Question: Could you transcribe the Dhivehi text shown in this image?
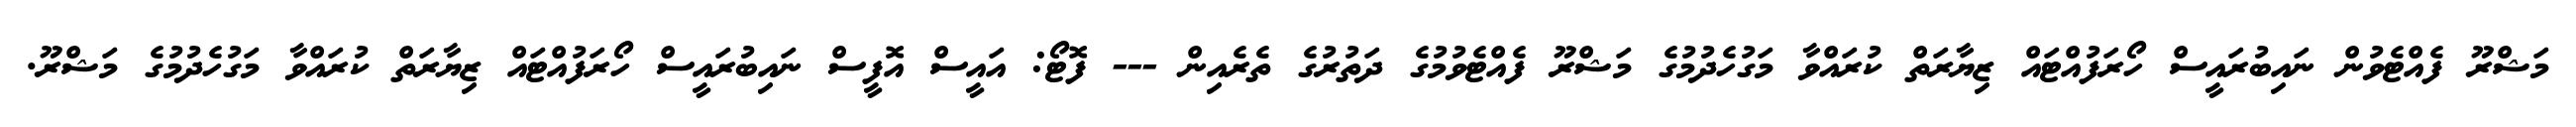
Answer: މަޝްރޫ ފެއްޓެވުން ނައިބުރައީސް ހޯރަފުއްޓައް ޒިޔާރަތް ކުރައްވާ މަގުހެދުމުގެ މަޝްރޫ ފެއްޓެވުމުގެ ދަތުރުގެ ތެރެއިން --- ފޮޓޯ: އައީސް އޮފީސް ނައިބުރައީސް ހޯރަފުއްޓައް ޒިޔާރަތް ކުރައްވާ މަގުހެދުމުގެ މަޝްރޫ.